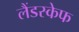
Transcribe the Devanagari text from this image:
लैंडस्केफ